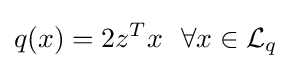
q(x)=2z^{T}x~~\forall x\in {\mathcal {L}}_{q}